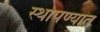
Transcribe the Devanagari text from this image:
स्थापण्यांत